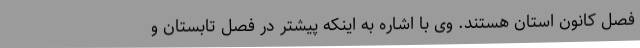
فصل کانون استان هستند. وی با اشاره به اینکه پیشتر در فصل تابستان و